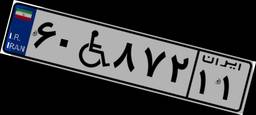
۹۰W۹۰۳۳۲